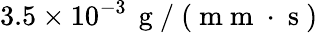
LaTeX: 3.5\times 10^{-3}\, \mathrm{~g~}/\mathrm{~(~m~m~}\cdot\mathrm{~s~)~}